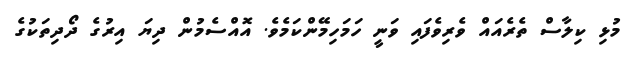
މުޅި ކިލާސް ތެރެއައް ވެރިވެފައި ވަނީ ހަމަހިމޭންކަމެވެ. އޮއްސެމުން ދިޔަ އިރުގެ ދޯދިތަކުގެ